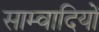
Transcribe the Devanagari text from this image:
साम्वादियों